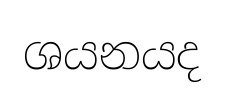
ශයනයද